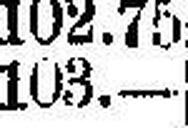
103.—